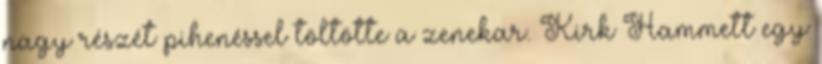
nagy részét pihenéssel töltötte a zenekar. Kirk Hammett egy